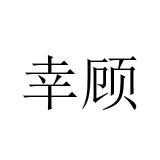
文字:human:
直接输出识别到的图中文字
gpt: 幸顾